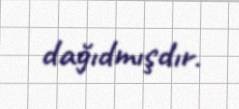
dağıdmışdır.